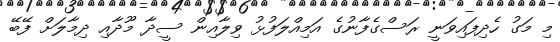
މި މަގު ހެދިފައިވަނީ ރަސްގެފާނުގެ އަމިއްލަފުޅު ވިލާއިން ސީދާ މޫދާއި ދިމާލަށް ފޭބޭ